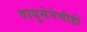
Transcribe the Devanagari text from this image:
वायुसेनेचीही